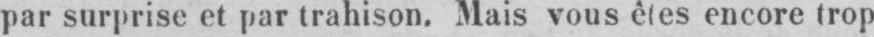
par surprise et par trahison. Mais vous êtes encore trop